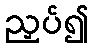
ညှပ်၍